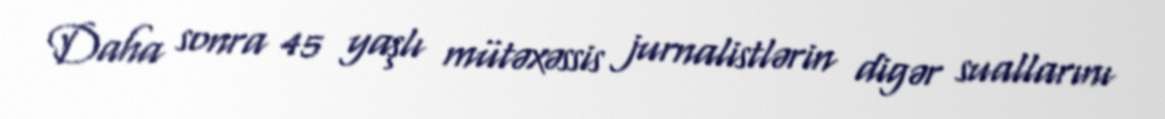
Daha sonra 45 yaşlı mütəxəssis jurnalistlərin digər suallarını